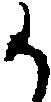
か